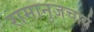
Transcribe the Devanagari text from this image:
रामानुजचार्य